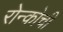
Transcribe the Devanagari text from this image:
रोन्कोची